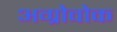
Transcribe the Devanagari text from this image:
अग्रोवोक